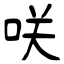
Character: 咲